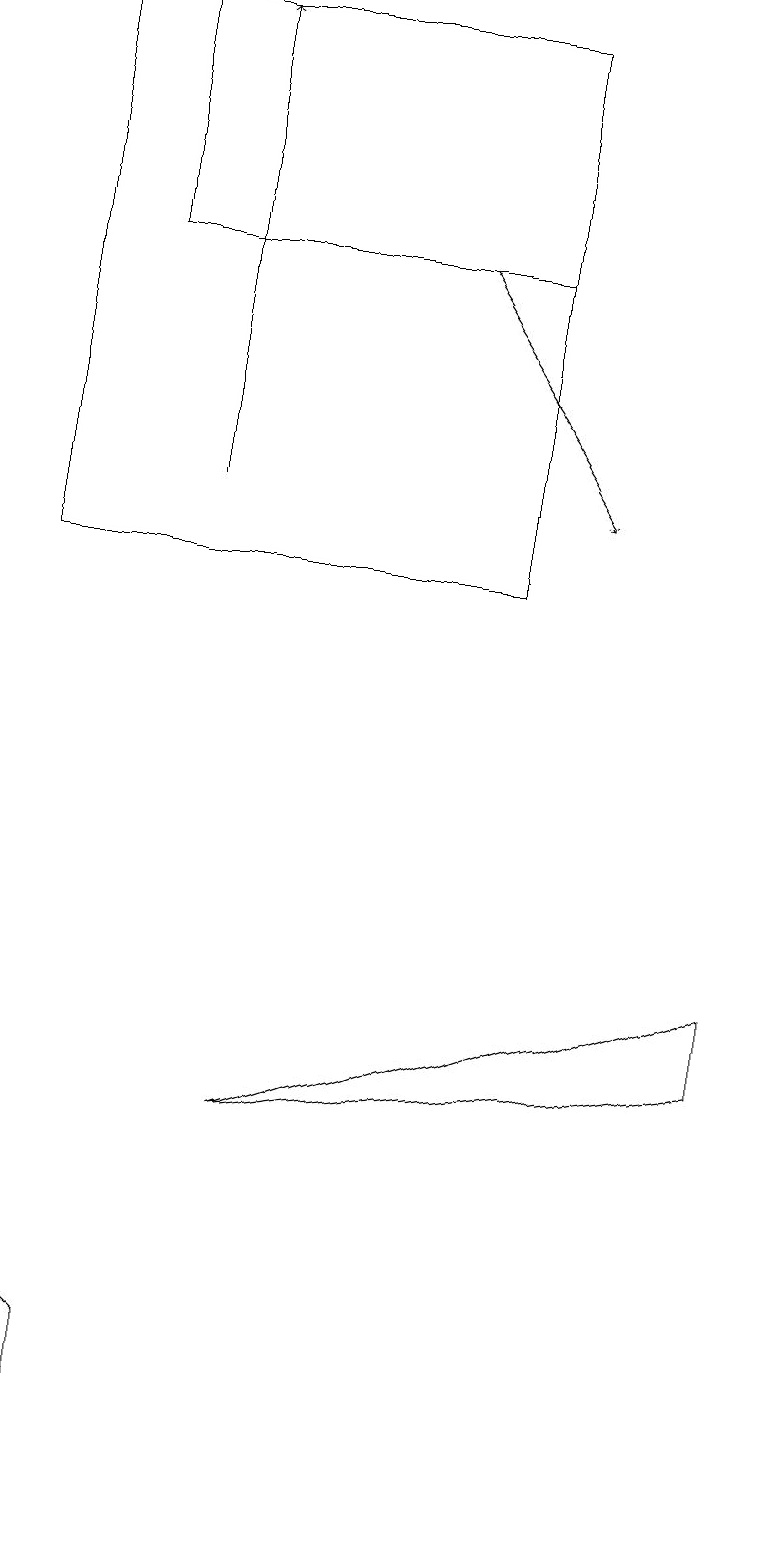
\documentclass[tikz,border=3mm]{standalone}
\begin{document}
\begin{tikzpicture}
\draw (6,19) rectangle (0,12);
\draw[->] (5,16) -- (7,13);
\draw (0,3) -- (1,0) -- (1,2) -- cycle;
\draw (3,5) -- (9,6) -- (9,7) -- cycle;
\draw (1,19) rectangle (6,16);
\draw[->] (2,13) -- (2,19);
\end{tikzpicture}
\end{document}